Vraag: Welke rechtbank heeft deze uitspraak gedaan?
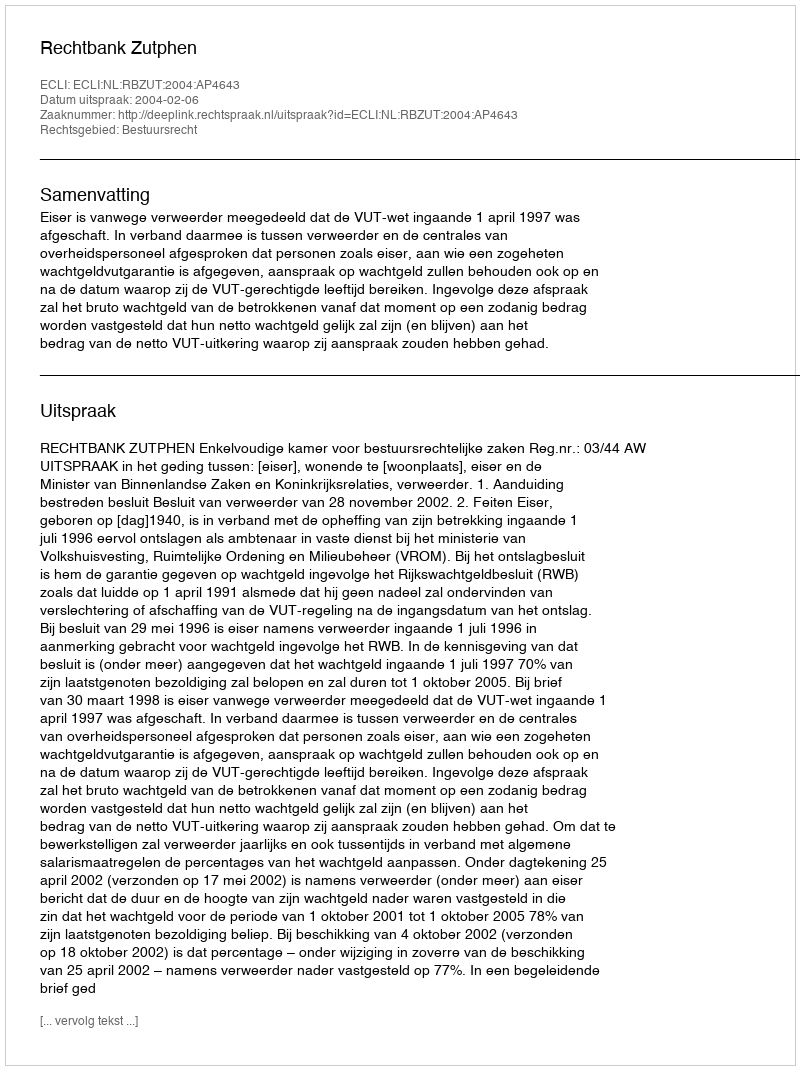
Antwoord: Rechtbank Zutphen